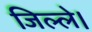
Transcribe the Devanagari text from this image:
जिल्ले।